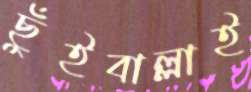
ছুঁইবাল্লাই